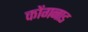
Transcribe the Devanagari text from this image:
कोंगनाड